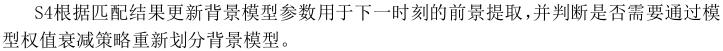
S4根据匹配结果更新背景模型参数用于下一时刻的前景提取，并判断是否需要通过模型权值衰减策略重新划分背景模型。